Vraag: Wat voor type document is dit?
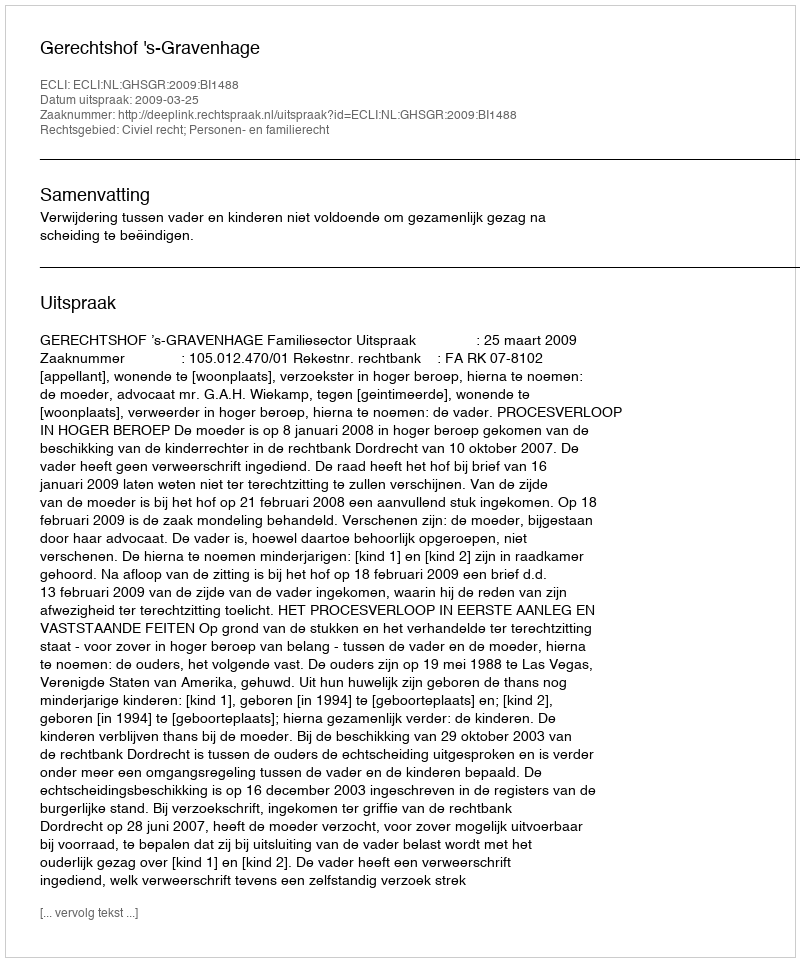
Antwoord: Uitspraak